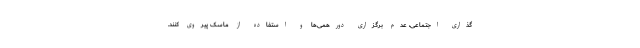
گذاری اجتماعی، عدم برگزاری دورهمی‌ها و استفاده از ماسک پیروی کنند.